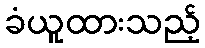
ခံယူထားသည့်